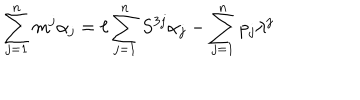
LaTeX: \sum _ { j = 1 } ^ { n } m ^ { j } \alpha _ { j } = \ell \sum _ { j = 1 } ^ { n } S ^ { 3 j } \alpha _ { j } - \sum _ { j = 1 } ^ { n } p _ { j } \lambda ^ { j }